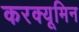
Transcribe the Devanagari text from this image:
करक्यूमिन